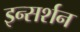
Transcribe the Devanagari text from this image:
इन्सर्शन